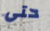
حتى